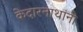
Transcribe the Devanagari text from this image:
केदारनाथांनी